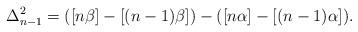
LaTeX: \begin{align*}\Delta_{n-1}^2 = ([n\beta] - [(n-1)\beta]) - ([n\alpha]-[(n-1)\alpha]).\end{align*}